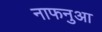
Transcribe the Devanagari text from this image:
नाफनुआ